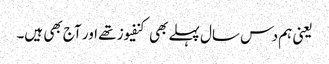
یعنی ہم دس سال پہلے بھی کنفیوز تھے اور آج بھی ہیں۔